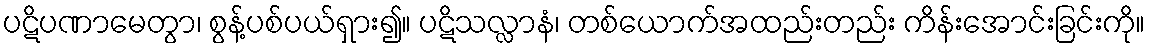
ပဋိပဏာမေတွာ၊ စွန့်ပစ်ပယ်ရှား၍။ ပဋိသလ္လာနံ၊ တစ်ယောက်အထည်းတည်း ကိန်းအောင်းခြင်းကို။